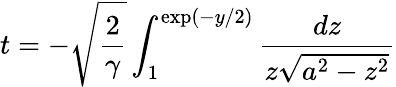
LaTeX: t=-\sqrt{\frac{2}{\gamma}}\int_{1}^{\mathrm{exp}(-y/2)}{\frac{dz}{z\sqrt{a^{2}-z^{2}}}}